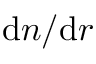
\mathrm { d } n / \mathrm { d } r